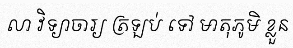
លា វិទ្យាចារ្យ ត្រឡប់ ទៅ មាតុភូមិ ខ្លួន